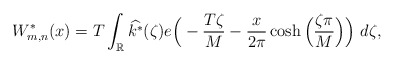
\begin{align*}W_{m,n}^*(x)= T \int_\mathbb{R}\widehat{k^*} (\zeta) e\Big( -\frac{T\zeta}{M} - \frac{x}{2\pi} \cosh\Big(\frac{\zeta \pi}{M}\Big) \Big)~d\zeta, \end{align*}